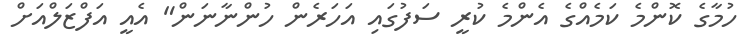
ހުމާގެ ކޮންމެ ކަމެއްގެ އެންމެ ކުރީ ސަފުގައި އަަހަރެން ހުންނާނަން" އެއީ އަފްޒަލްއަށް